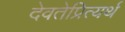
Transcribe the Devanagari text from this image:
देवतेप्रित्यर्थ